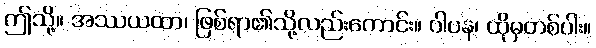
ဤသို့။ အဿယထာ၊ ဖြစ်ရာ၏သို့လည်းကောင်း။ ဝါပန၊ ထိုမှတစ်ပါး။